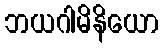
ဘယဂါမိနိယော